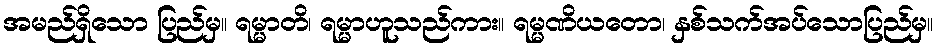
အမည်ရှိသော ပြည်မှ။ ရမ္မာတိ၊ ရမ္မာဟူသည်ကား။ ရမ္မဏိယတော၊ နှစ်သက်အပ်သောပြည်မှ။